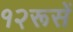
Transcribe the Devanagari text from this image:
१२रूसें